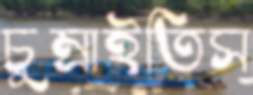
চুম্‌রাইতিস